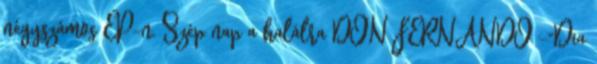
négyszámos EP-n. Szép nap a halálra DON FERNANDO -"Dia